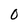
Character: O